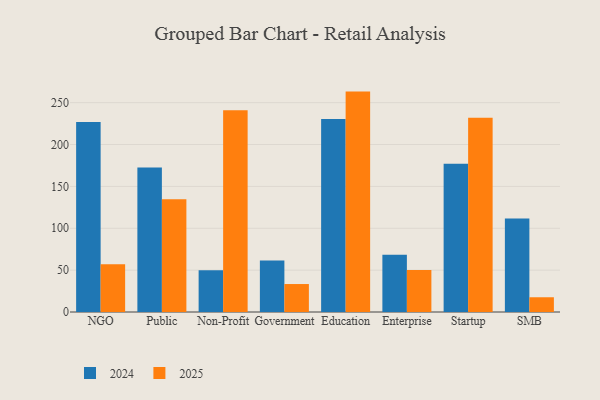
{"axis": {"x": "Segment", "y": "Inventory Turnover"}, "legend": ["2024", "2025"], "data": [{"x": "NGO", "y": 227.0, "type": "2024"}, {"x": "NGO", "y": 57.0, "type": "2025"}, {"x": "Public", "y": 172.6, "type": "2024"}, {"x": "Public", "y": 134.5, "type": "2025"}, {"x": "Non-Profit", "y": 49.8, "type": "2024"}, {"x": "Non-Profit", "y": 240.8, "type": "2025"}, {"x": "Government", "y": 61.4, "type": "2024"}, {"x": "Government", "y": 33.4, "type": "2025"}, {"x": "Education", "y": 230.4, "type": "2024"}, {"x": "Education", "y": 263.2, "type": "2025"}, {"x": "Enterprise", "y": 68.3, "type": "2024"}, {"x": "Enterprise", "y": 50.3, "type": "2025"}, {"x": "Startup", "y": 177.1, "type": "2024"}, {"x": "Startup", "y": 232.0, "type": "2025"}, {"x": "SMB", "y": 111.8, "type": "2024"}, {"x": "SMB", "y": 17.6, "type": "2025"}]}